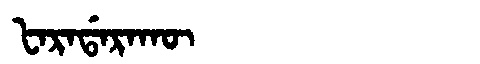
Manchu: ᡶᠠᡵᠠᡩᠠᡵᠠᡴᡡ
Romanization: FARADARAKŪ